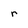
Character: r